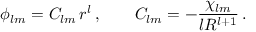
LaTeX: \phi _ { l m } = C _ { l m } \, r ^ { l } \, , \qquad C _ { l m } = - \frac { \chi _ { l m } } { l R ^ { l + 1 } } \, .